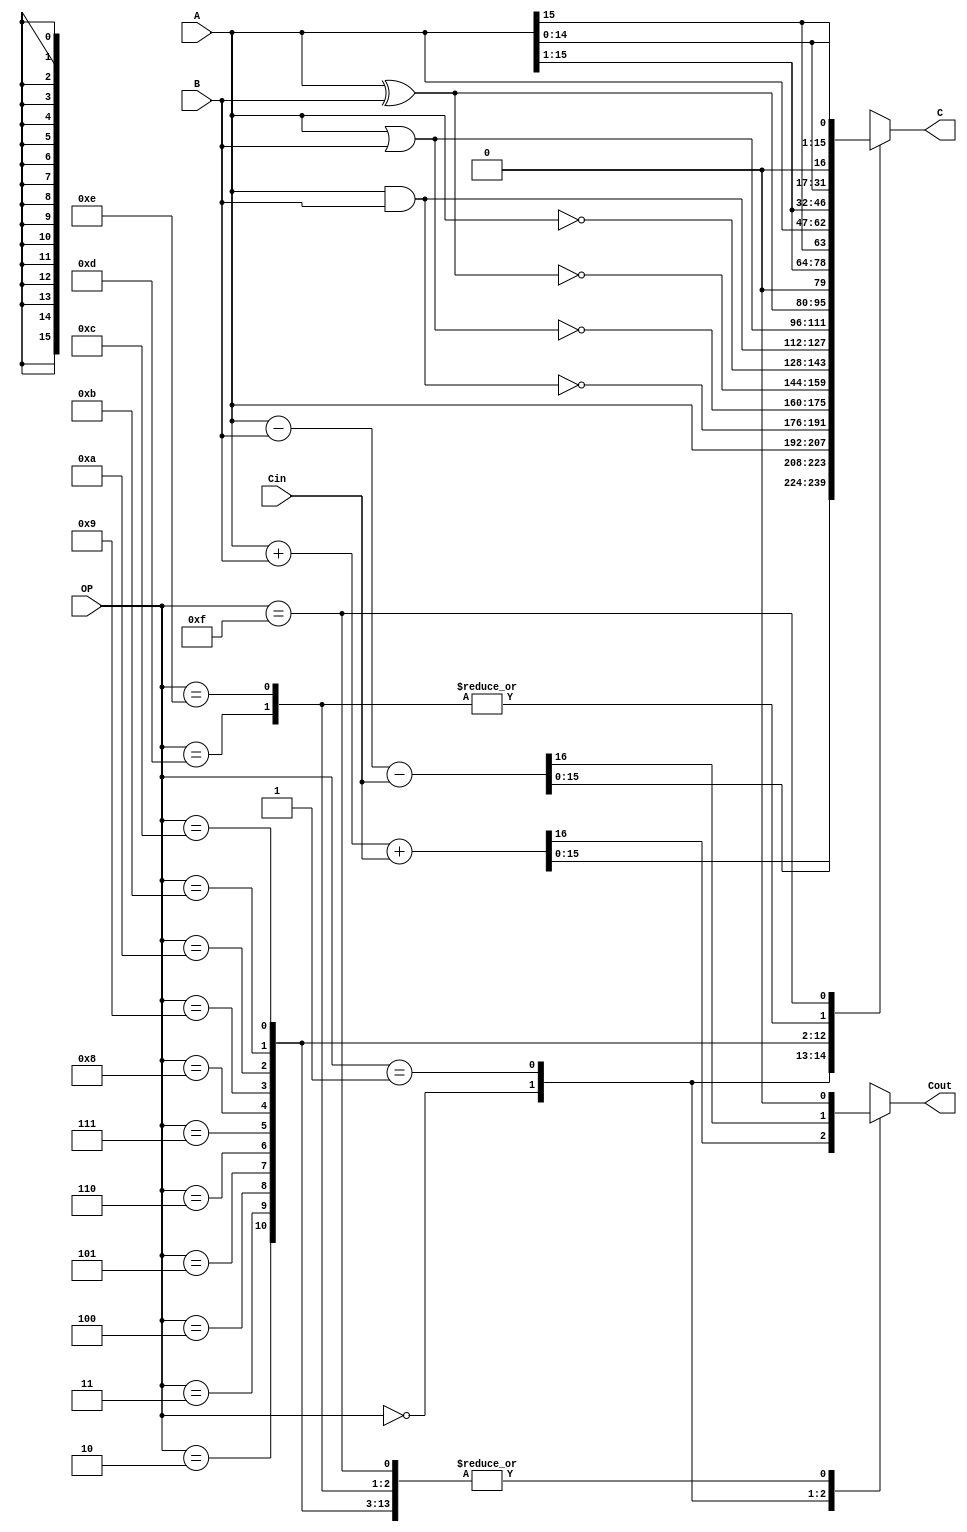
`timescale 100ps / 100ps

module ALU( A, B, Cin, OP, C, Cout );
input [15:0] A, B;
input Cin;
input [3:0] OP;
output reg [15:0] C;
output reg Cout;

wire [16:0] sum, sub;

assign sum = A + B + Cin;
assign sub = A - B - Cin;

always@* begin
    case(OP)
		 4'b0000 : begin // OP_ADD
			  C    = sum[15:0];
			  Cout = sum[16];
		 end
		 4'b0001 : begin // OP_SUB
			  C    = sub[15:0];
			  Cout = sub[16];
		 end
		 4'b0010 : begin // OP_ID
			  C    = A;
			  Cout = 0;
		 end
		 4'b0011 : begin // OP_NAND
			  C    = ~(A & B);
			  Cout = 0;
		 end
		 4'b0100 : begin // OP_NOR
			  C    = ~(A | B);
			  Cout = 0;
		 end
		 4'b0101 : begin // OP_XNOR
			  C    = ~(A ^ B);
			  Cout = 0;
		 end
		 4'b0110 : begin // OP_NOT
			  C    = ~A;
			  Cout = 0;
		 end
		 4'b0111 : begin // OP_AND
			  C    = A & B;
			  Cout = 0;
		 end
		 4'b1000 : begin // OP_OR
			  C    = A | B;
			  Cout = 0;
		 end
		 4'b1001 : begin // OP_XOR
			  C    = A ^ B;
			  Cout = 0;
		 end
		 4'b1010 : begin // OP_LRS
			  C    = A >> 1;
			  Cout = 0;
		 end
		 4'b1011 : begin // OP_ARS
			  C    = {A[15], A[15:1]};
			  Cout = 0;
		 end
		 4'b1100 : begin // OP_RR
			  C    = {A[0], A[15:1]};
			  Cout = 0;
		 end
		 4'b1101 : begin // OP_LLS
			  C    = A << 1;
			  Cout = 0;
		 end
		 4'b1110 : begin // OP_ALS
			  C    = A <<< 1;
			  Cout = 0;
		 end
		 4'b1111 : begin // OP_RL
			  C    = {A[14:0], A[15]};
			  Cout = 0;
		 end
    endcase
end
endmodule